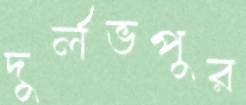
দুর্লভপুর